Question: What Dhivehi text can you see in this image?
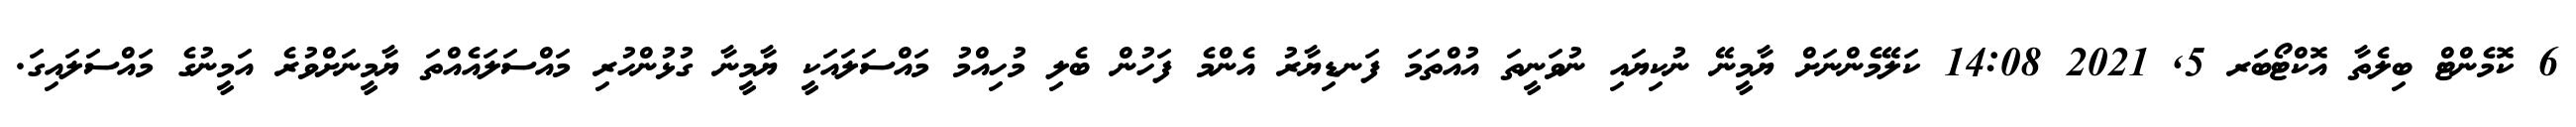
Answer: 6 ކޮމެންޓް ބިލެތާ އޮކްޓޯބަރ 5, 2021 14:08 ކަލޭމެންނަށް ޔާމީނޭ ނުކިޔައި ނުވަނީތަ އުއްތަމަ ފަނޑިޔާރު އެންމެ ފަހުން ބެލި މުހިއްމު މައްސަލައަކީ ޔާމީނާ ގުޅުންހުރި މައްސަލައެއްތަ ޔާމީނަށްވުރެ އަމީނުގެ މައްސަލައިގަ.